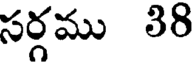
సర్గము 38